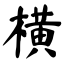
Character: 横